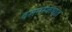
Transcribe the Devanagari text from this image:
दशमस्कंधात